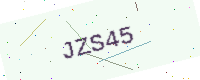
Text: JZS45